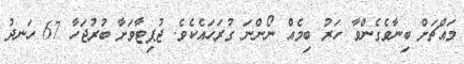
މައްޗަށް ބިނާވެގެންވާ ހަރު ބިމެއް ނޯންނަ ގުރަހައެކެވެ. ޖުޕިޓާވަށާ ބުރުޖަހާ 67 ހަނދު